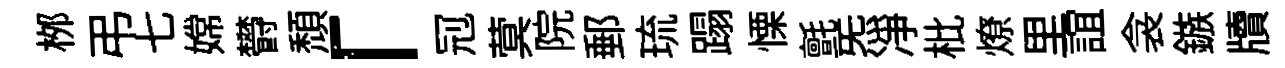
桞弔七嫦欎頽「𠜍蓂院郵琉蹋慄氈炁净枇燎里誼衾鏃牘